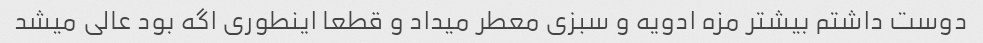
دوست داشتم بیشتر مزه ادویه و سبزی معطر میداد و قطعا اینطوری اگه بود عالی میشد